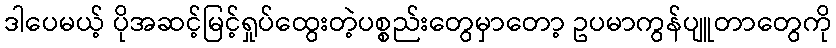
ဒါပေမယ့် ပိုအဆင့်မြင့်ရှုပ်ထွေးတဲ့ပစ္စည်းတွေမှာတော့ ဥပမာကွန်ပျူတာတွေကို